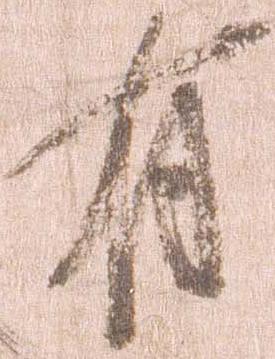
有